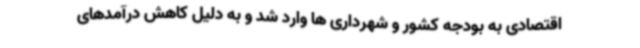
اقتصادی به بودجه کشور و شهرداری ها وارد شد و به دلیل کاهش درآمدهای